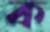
ক